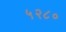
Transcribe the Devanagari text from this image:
५२८०